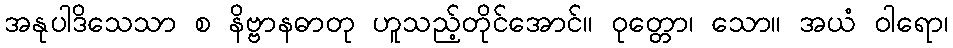
အနုပါဒိသေသာ စ နိဗ္ဗာနဓာတု ဟူသည့်တိုင်အောင်။ ဝုတ္တော၊ သော။ အယံ ဝါရော၊